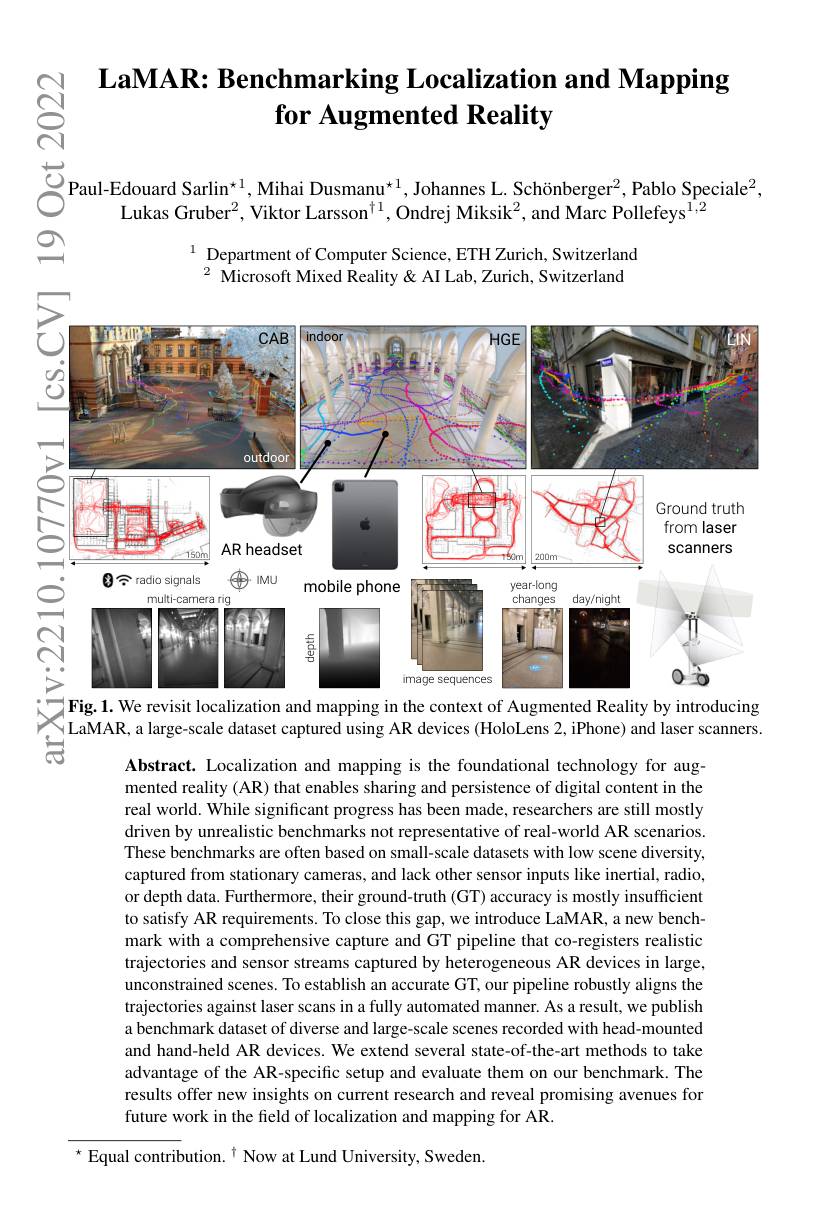
# $\textbf{LaMAR: Benchmarking Localization and Mapping}$ for Augmented Reality

$ଟ୍ରିୁ$

+

$\overset{\textcircled{\text{C}}}{\operatorname*{\operatorname*{\operatorname*{\operatorname*{\operatorname*{\operatorname*{\operatorname*{\operatorname*{Paul-Edouard~Sarlin}^{\star1},\text{Mihai Dusmanu}^{\star1},\text{Johannes L. Schönberger}^{2},\text{Pablo Speciale}^{2},}}}}}{\operatorname*{\operatorname*{\operatorname*{\operatorname*{\operatorname*{\operatorname*{\operatorname*{\operatorname*{\operatorname*{C}}}}}}}}}}\overset{\textcircled{\text{C}}}{\operatorname*{\operatorname*{\operatorname*{\operatorname*{\operatorname*{\operatorname*{\operatorname*{Paul-Edouard~Sarlin}}}}}}}}}}}\text{Lukas Gruber}^{2},\text{Viktor Larsson}^{\dagger1}$

$으$

$^{1}$ Department of Computer Science, ETH Zurich, Switzerland $^{2}$ Microsoft Mixed Reality& AI Lab, Zurich, Switzerland

<FigureHere>
$|\mathbf{Fig.1.We~revisit~localization~and~mapping~in~the~context~of~Augmented~Reality~by~introducing}$

 IaMAR, a large- scale dataset captured using AR devices ( HoloLens 2, iPhone) and laser scanners.
$示$

Abstract. Localization and mapping is the foundational technology for augmented reality (AR) that enables sharing and persistence of digital content in the real world. While significant progress has been made, researchers are still mostly driven by unrealistic benchmarks not representative of real-world AR scenarios. These benchmarks are often based on small-scale datasets with low scene diversity, captured from stationary cameras, and lack other sensor inputs like inertial, radio, or depth data. Furthermore, their ground-truth (GT) accuracy is mostly insufficient to satisfy AR requirements. To close this gap, we introduce LaMAR, a new benchmark with a comprehensive capture and GT pipeline that co-registers realistic trajectories and sensor streams captured by heterogeneous AR devices in large, unconstrained scenes. To establish an accurate GT, our pipeline robustly aligns the trajectories against laser scans in a fully automated manner. As a result, we publish a benchmark dataset of diverse and large-scale scenes recorded with head-mounted and hand-held AR devices. We extend several state-of-the-art methods to take advantage of the AR-specific setup and evaluate them on our benchmark. The results offer new insights on current research and reveal promising avenues for future work in the field of localization and mapping for AR.

$^{\star}$ Equal contribution.$^\dagger$ Now at Lund University, Sweden.